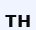
ТН